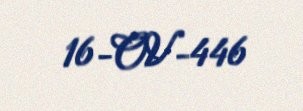
16-OV-446